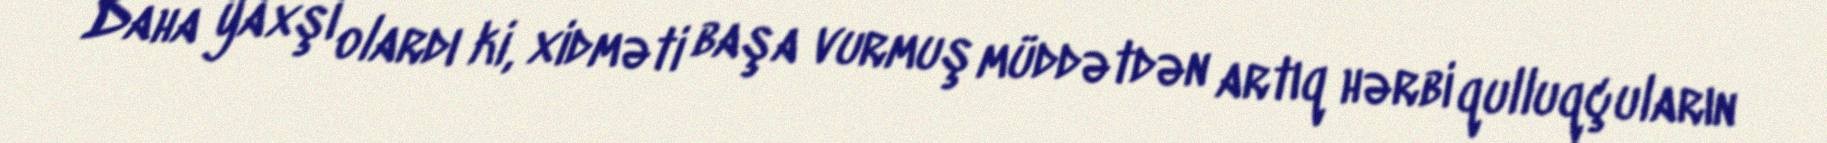
Daha yaxşı olardı ki, xidməti başa vurmuş müddətdən artıq hərbi qulluqçuların